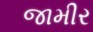
જામીર